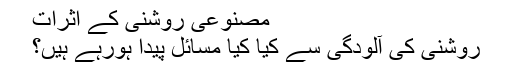
مصنوعی روشنی کے اثرات
روشنی کی آلودگی سے کیا کیا مسائل پیدا ہورہے ہیں؟